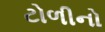
ટોળીનો